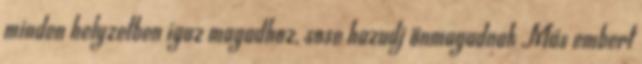
minden helyzetben igaz magadhoz, sose hazudj önmagadnak Más embert